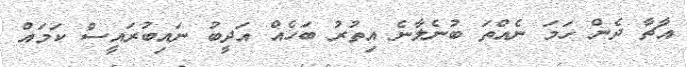
އާޗާ ދެން ހަމަ ނެއްތަ ބުނެލާނެ އިތުރު ބަހެއް އަދީބު ނައިބުރައީސް ކަމައް